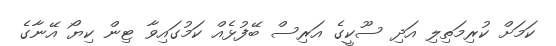
ކަމަށް ކުރިމަތިލި އަދި ސޫކީގެ އަރިސް ބޭފުޅެއް ކަމުގައިވާ ޓިން ކިޔޯ އޭނާގެ